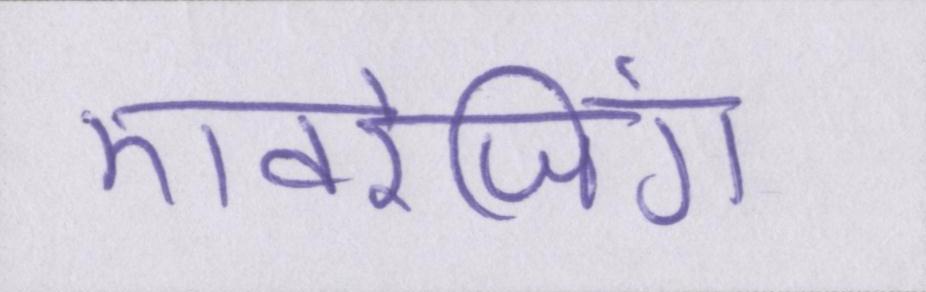
एवरेजिंग